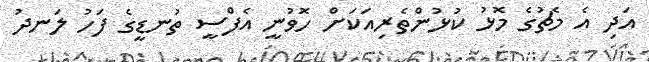
އަދި އެ މެޗުގެ މޮޅު ކުޅުންތެރިއަކަށް ހޮވުނީ އެފްސީ ތުނޑީގެ ފަހު ލަނދު